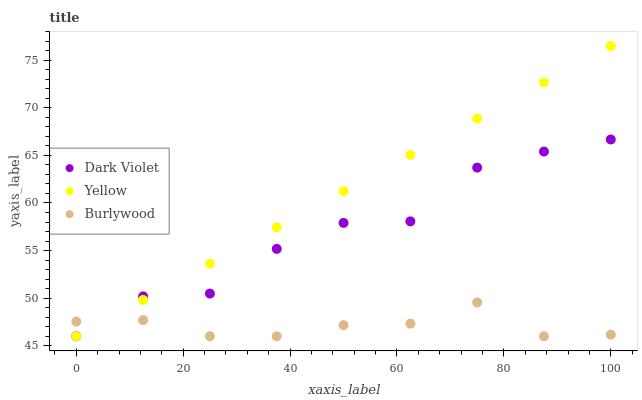
| xaxis_label | Dark Violet | Yellow | Burlywood |
 | --- | --- | --- | --- |
 | 0 | 46 | 46 | 47.5 |
 | 12.5 | 50.2 | 49.8 | 47.7 |
 | 25 | 50.5 | 53.6 | 46 |
 | 37.5 | 55.2 | 57.4 | 46 |
 | 50 | 57.9 | 61.2 | 47.2 |
 | 62.5 | 58.1 | 65.1 | 47.3 |
 | 75 | 63.7 | 68.9 | 49.6 |
 | 87.5 | 65.4 | 72.7 | 46 |
 | 100 | 66.7 | 76.5 | 46.2 |